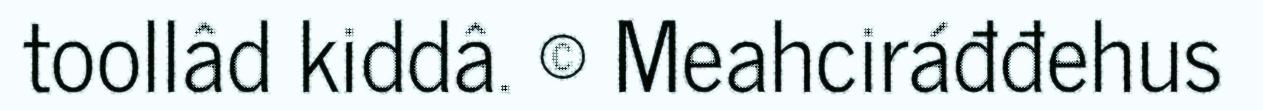
toollâd kiddâ. © Meahciráđđehus